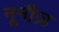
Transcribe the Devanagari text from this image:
नूनीज़